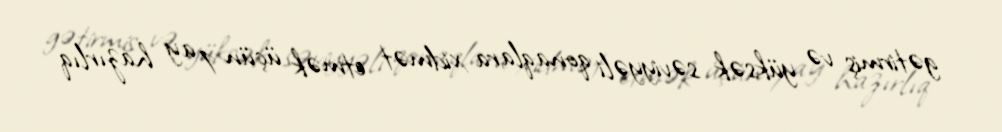
gətirmiş və yüksək səviyyəli qonaqlara xidmət etmək üçün 1 ay hazırlıq